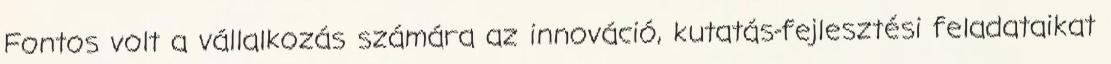
Fontos volt a vállalkozás számára az innováció, kutatás-fejlesztési feladataikat